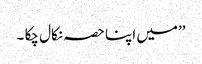
’’میں اپنا حصہ نکال چکا ۔